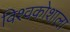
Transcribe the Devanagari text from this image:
विश्वकोशाला